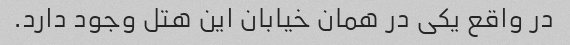
در واقع یکی در همان خیابان این هتل وجود دارد.